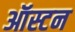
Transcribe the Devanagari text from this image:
ऑस्टन